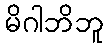
မိဂါဘိဘူ